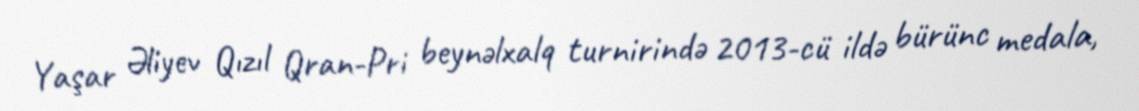
Yaşar Əliyev Qızıl Qran-Pri beynəlxalq turnirində 2013-cü ildə bürünc medala,